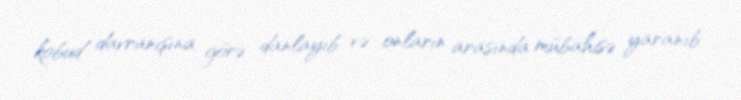
kobud davranışına görə danlayıb və onların arasında mübahisə yaranıb.